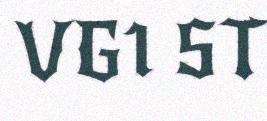
VG1 ST